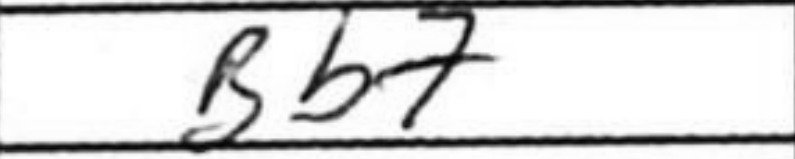
Transcription: Bb7